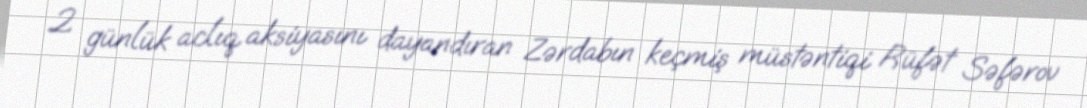
2 günlük aclıq aksiyasını dayandıran Zərdabın keçmiş müstəntiqi Rüfət Səfərov